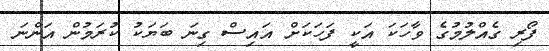
ފޯރި ގެއްލުމުގެ ވާހަކަ އަކީ ފަހަކަށް އައިސް ގިނަ ބަޔަކު ކުރަމުން އަންނަ